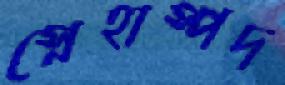
স্নেহাস্পদ